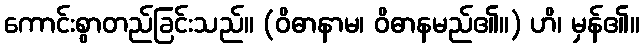
ကောင်းစွာတည်ခြင်းသည်။ (ဝိဓာနာမ၊ ဝိဓာနမည်၏။) ဟိ၊ မှန်၏။